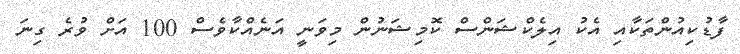
ފާޑުކިއުންތަކާއި އެކު އިލެކްޝަންސް ކޮމިޝަނުން މިވަނީ އަނެއްކާވެސް 100 އަށް ވުރެ ގިނަ